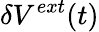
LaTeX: \delta V^{ext}(t)